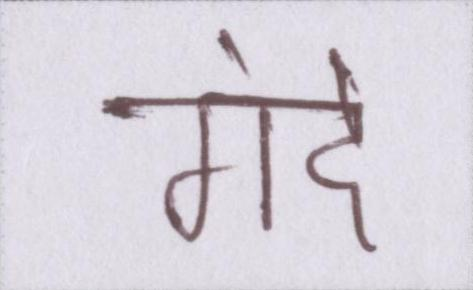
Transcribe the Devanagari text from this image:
गंदे